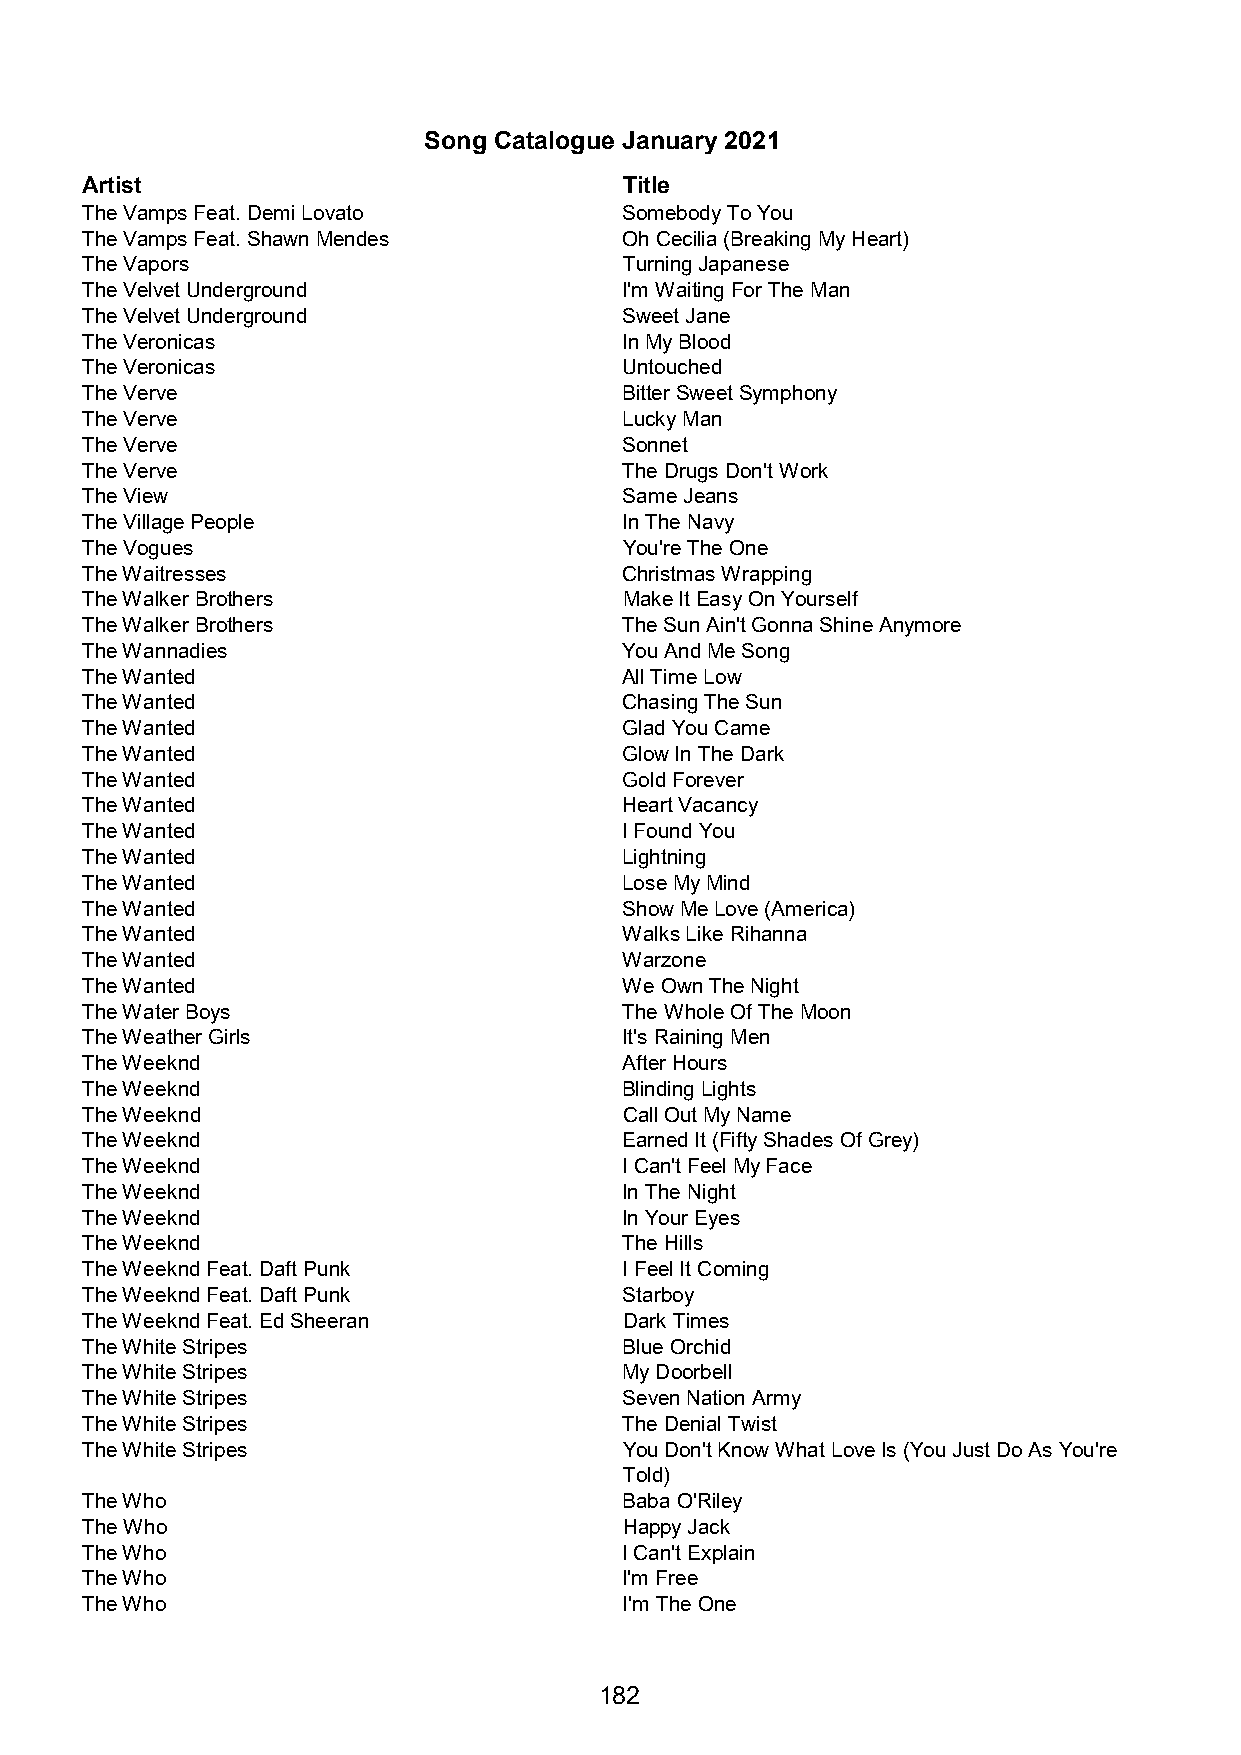
Song Catalogue January 2021
 Artist                              Title
 The Vamps Feat. Demi Lovato         Somebody To You
 The Vamps Feat. Shawn Mendes        Oh Cecilia (Breaking My Heart)
 The Vapors                          Turning Japanese
 The Velvet Underground              I'm Waiting For The Man
 The Velvet Underground              Sweet Jane
 The Veronicas                       In My Blood
 The Veronicas                       Untouched
 The Verve                           Bitter Sweet Symphony
 The Verve                           Lucky Man
 The Verve                           Sonnet
 The Verve                           The Drugs Don't Work
 The View                            Same Jeans
 The Village People                  In The Navy
 The Vogues                          You're The One
 The Waitresses                      Christmas Wrapping
 The Walker Brothers                 Make It Easy On Yourself
 The Walker Brothers                 The Sun Ain't Gonna Shine Anymore
 The Wannadies                       You And Me Song
 The Wanted                          All Time Low
 The Wanted                          Chasing The Sun
 The Wanted                          Glad You Came
 The Wanted                          Glow In The Dark
 The Wanted                          Gold Forever
 The Wanted                          Heart Vacancy
 The Wanted                          I Found You
 The Wanted                          Lightning
 The Wanted                          Lose My Mind
 The Wanted                          Show Me Love (America)
 The Wanted                          Walks Like Rihanna
 The Wanted                          Warzone
 The Wanted                          We Own The Night
 The Water Boys                      The Whole Of The Moon
 The Weather Girls                   It's Raining Men
 The Weeknd                          After Hours
 The Weeknd                          Blinding Lights
 The Weeknd                          Call Out My Name
 The Weeknd                          Earned It (Fifty Shades Of Grey)
 The Weeknd                          I Can't Feel My Face
 The Weeknd                          In The Night
 The Weeknd                          In Your Eyes
 The Weeknd                          The Hills
 The Weeknd Feat. Daft Punk          I Feel It Coming
 The Weeknd Feat. Daft Punk          Starboy
 The Weeknd Feat. Ed Sheeran         Dark Times
 The White Stripes                   Blue Orchid
 The White Stripes                   My Doorbell
 The White Stripes                   Seven Nation Army
 The White Stripes                   The Denial Twist
 The White Stripes                   You Don't Know What Love Is (You Just Do As You're
 Told)
 The Who                             Baba O'Riley
 The Who                             Happy Jack
 The Who                             I Can't Explain
 The Who                             I'm Free
 The Who                             I'm The One
 182